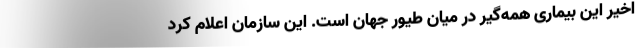
اخیرِ این بیماری همه‌گیر در میان طیور جهان است. این سازمان اعلام کرد